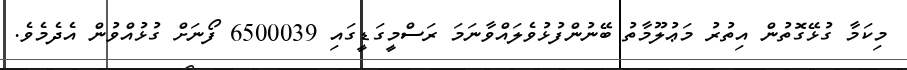
މިކަމާ ގުޅޭގޮތުން އިތުރު މަޢުލޫމާތު ބޭނުންފުޅުވެލައްވާނަމަ ރަސްމީގަޑީގައި 6500039 ފޯނަށް ގުޅުއްވުން އެދެމެވެ.